Report of the veterinary officer investigating camel disease
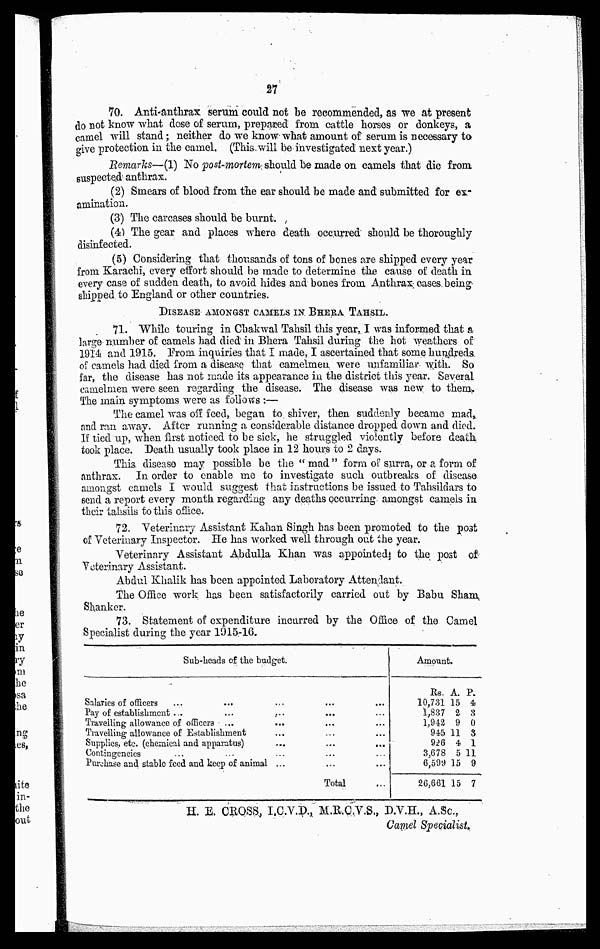
27
70. Anti-anthrax serum could not be recommended, as we at present
do not know what dose of serum, prepared from cattle horses or donkeys, a
camel will stand ; neither do we know what amount of serum is necessary to
give protection in the camel. (This will be investigated next year.)
Remarks—(1) No post-mortem should be made on camels that die from
suspected anthrax.
(2) Smears of blood from the ear should be made and submitted for ex-
amination.
(3) The carcases should be burnt.
(4) The gear and places where death occurred should be thoroughly
disinfected.
(5) Considering that thousands of tons of bones are shipped every year
from Karachi, every effort should be made to determine the cause of death in
every case of sudden death, to avoid hides and bones from Anthrax cases being
shipped to England or other countries.
DISEASE AMONGST CAMELS IN BHERA TAHSIL.
71. While touring in Chakwal Tahsil this year, I was informed that a
large number of camels had died in Bhera Tahsil during the hot weathers of
1914 and 1915. From inquiries that I made, I ascertained that some hundreds
of camels had died from a disease that camelmen were unfamiliar with. So
far, the disease has not made its appearance in the district this year. Several
camelmen were seen regarding the disease. The disease was new to them.
The main symptoms were as follows :—
The camel was off feed, began to shiver, then suddenly became mad,
and ran away. After running a considerable distance dropped down and died.
If tied up, when first noticed to be sick, he struggled violently before death
took place. Death usually took place in 12 hours to 2 days.
This disease may possible be the " mad " form of surra, or a form of
anthrax. In order to enable me to investigate such outbreaks of disease
amongst camels I would suggest that instructions be issued to Tahsildars to
send a report every month regarding any deaths occurring amongst camels in
their tahsils to this office.
72. Veterinary Assistant Kalian Singh has been promoted to the po3t
of Veterinary Inspector. He has worked well through out the year.
Veterinary Assistant Abdulla Khan was appointed to the post of
Veterinary Assistant.
Abdul Khalik has been appointed Laboratory Attendant.
The Office work has been satisfactorily carried out by Babu Sham
Shanker.
73. Statement of expenditure incurred by the Office of the Camel
Specialist during the year 1915.-16.
Sub-heads of the budget.
Salaries of officers
Pay of establishment ...
...
Travelling allowance of
officers
Travelling allowance of Establishment
Supplies, etc. (chemical and apparatus)
Contingencies
Purchase and stable feed and keep of animal ...
Total
Amount.
Rs.
10,731
1,837
1,942
945
926
3,678
6,599
26,661
A.
15
2
9
11
4
5 1
15
15
P.
4
3
0
3
1
1
9
7
H. E. CROSS, I.C.V.D., M.R.C.V.S., D.V.H., A.Sc.,
Camel Specialist.